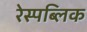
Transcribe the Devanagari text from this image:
रेस्पब्लिक